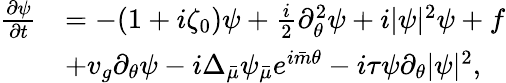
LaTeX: \begin{array}{rl}{\frac{\partial\psi}{\partial t}}&{=-(1+i\zeta_{0})\psi+\frac{i}{2}\partial_{\theta}^{2}\psi+i|\psi|^{2}\psi+f}\\ &{+v_{g}\partial_{\theta}\psi-i\Delta_{\bar{\mu}}\psi_{\bar{\mu}}e^{i{\bar{m}}\theta}-i\tau\psi\partial_{\theta}|\psi|^{2},}\end{array}